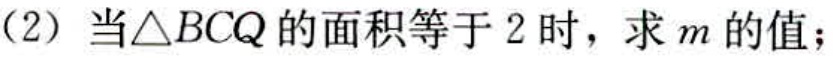
(2) 当$\triangle BCQ$的面积等于$2$时，求$m$的值；